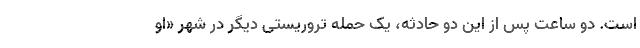
است. دو ساعت پس از این دو حادثه، یک حمله تروریستی دیگر در شهر «او